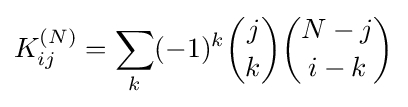
K_{ij}^{(N)}=\sum _{k}(-1)^{k}{\binom {j}{k}}{\binom {N-j}{i-k}}